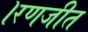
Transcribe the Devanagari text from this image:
।रणजीत